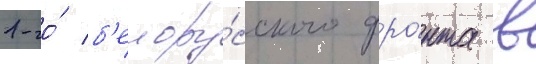
1-го́ б'елору́сского фро́нта в